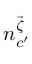
n _ { c ^ { \prime } } ^ { \vec { \zeta } }